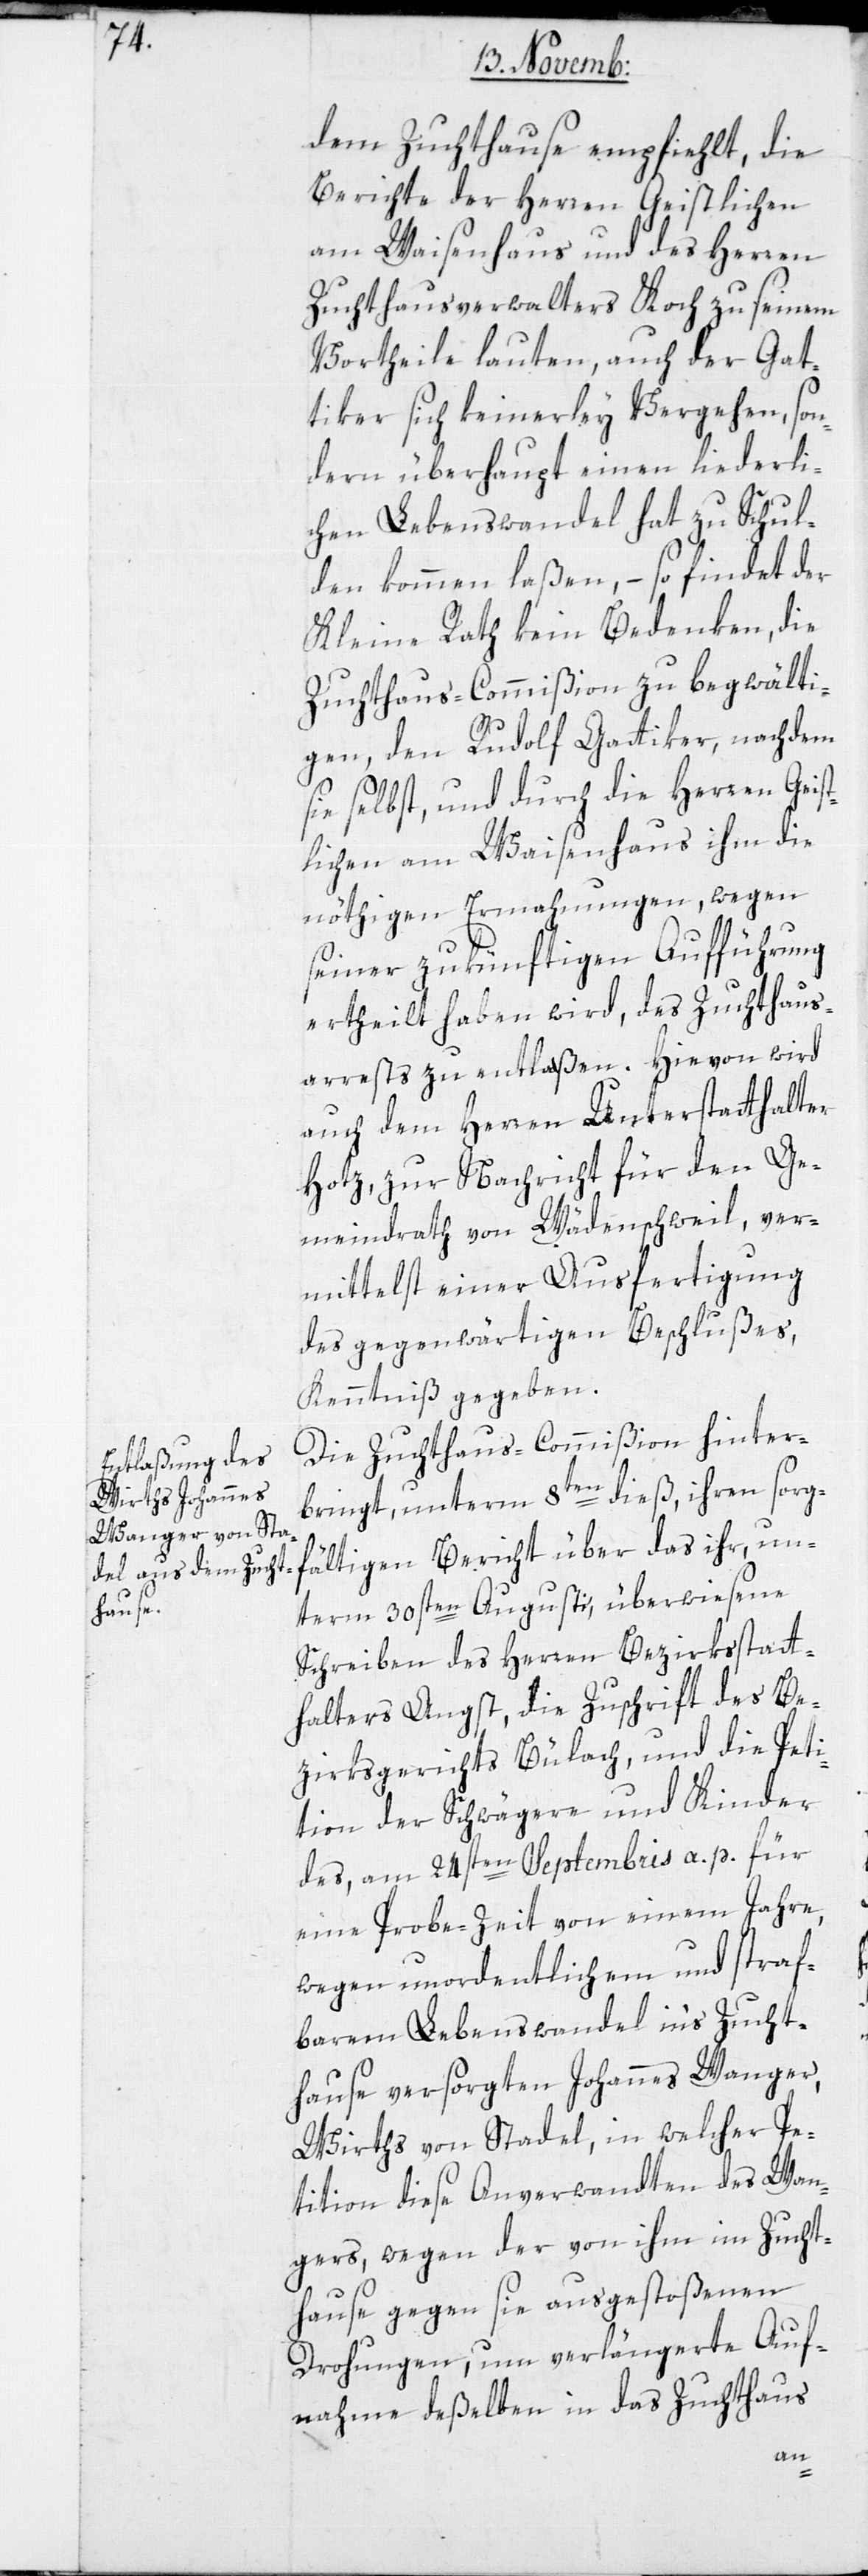
dem Zuchthause empfiehlt, die
Berichte der Herren Geistlichen
am Waisenhaus und des Herren
Zuchthausverwalters Koch zu seinem
Vortheile lauten, auch der Gat¬
tiker sich keinerley Vergehen, son¬
dern überhaupt einen liederli¬
chen Lebenswandel hat zu Schul¬
den kommen laßen, – so findet der
Kleine Rath kein Bedenken, die
Zuchthaus-Commißion zu begwälti¬
gen, den Rudolf Gattiker, nachdem
sie selbst, und durch die Herren Geist¬
lichen am Waisenhaus ihm die
nöthigen Ermahnungen, wegen
seiner zukünftigen Aufführung
ertheilt haben wird, des Zuchthaus¬
arrests zu entlaßen. Hievon wird
Hotz, zur Nachricht für den Ge¬
meindrath von Wädenschweil, ver¬
mittelst einer Ausfertigung
des gegenwärtigen Beschlußes,
Kenntniß gegeben.
Die Zuchthaus-Commißion hinter¬
bringt unterm 8ten dieß, ihren sorg¬
fältigen Bericht über das ihr, un¬
term 30sten Augusti, überwiesene
Schreiben des Herren Bezirksstatt¬
halters Angst, die Zuschrift des Be¬
zirksgerichts Bülach, und die Peti¬
tion der Schwägere und Kinder
des, am 24sten Septembris a. p. für
eine Probe-Zeit von einem Jahre,
wegen unordentlichem und straf¬
barem Lebenswandel ins Zucht¬
hause versorgten Johannes Wanger,
Wirths von Stadel, in welcher Pe¬
tition diese Anverwandten des Wan¬
gers, wegen der von ihm im Zucht¬
hause gegen sie ausgestoßenen
Drohungen, um verlängerte Auf¬
nahme deßelben in das Zuchthaus